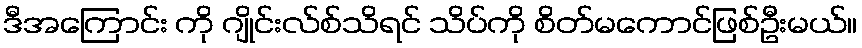
ဒီအကြောင်း ကို ဂျိုင်းလ်စ်သိရင် သိပ်ကို စိတ်မကောင်ဖြစ်ဦးမယ်။